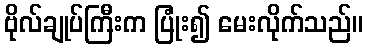
ဗိုလ်ချုပ်ကြီးက ပြုံး၍ မေးလိုက်သည်။